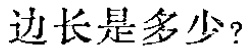
边长是多少？